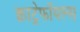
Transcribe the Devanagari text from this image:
क्वाट्रेफॉयल्स